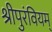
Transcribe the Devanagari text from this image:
श्रीपुरंवियम्